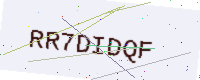
Text: RR7DIDQF